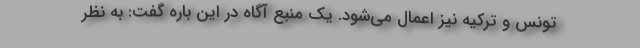
تونس و ترکیه نیز اعمال می‌شود. یک منبع آگاه در این باره گفت: به نظر